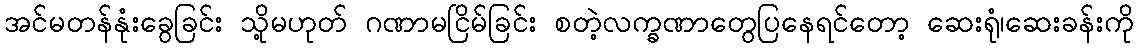
အင်မတန်နုံးခွေခြင်း သို့မဟုတ် ဂဏာမငြိမ်ခြင်း စတဲ့လက္ခဏာတွေပြနေရင်တော့ ဆေးရုံ၊ဆေးခန်းကို